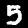
Label: 5